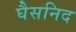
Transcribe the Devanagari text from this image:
घैसनिद